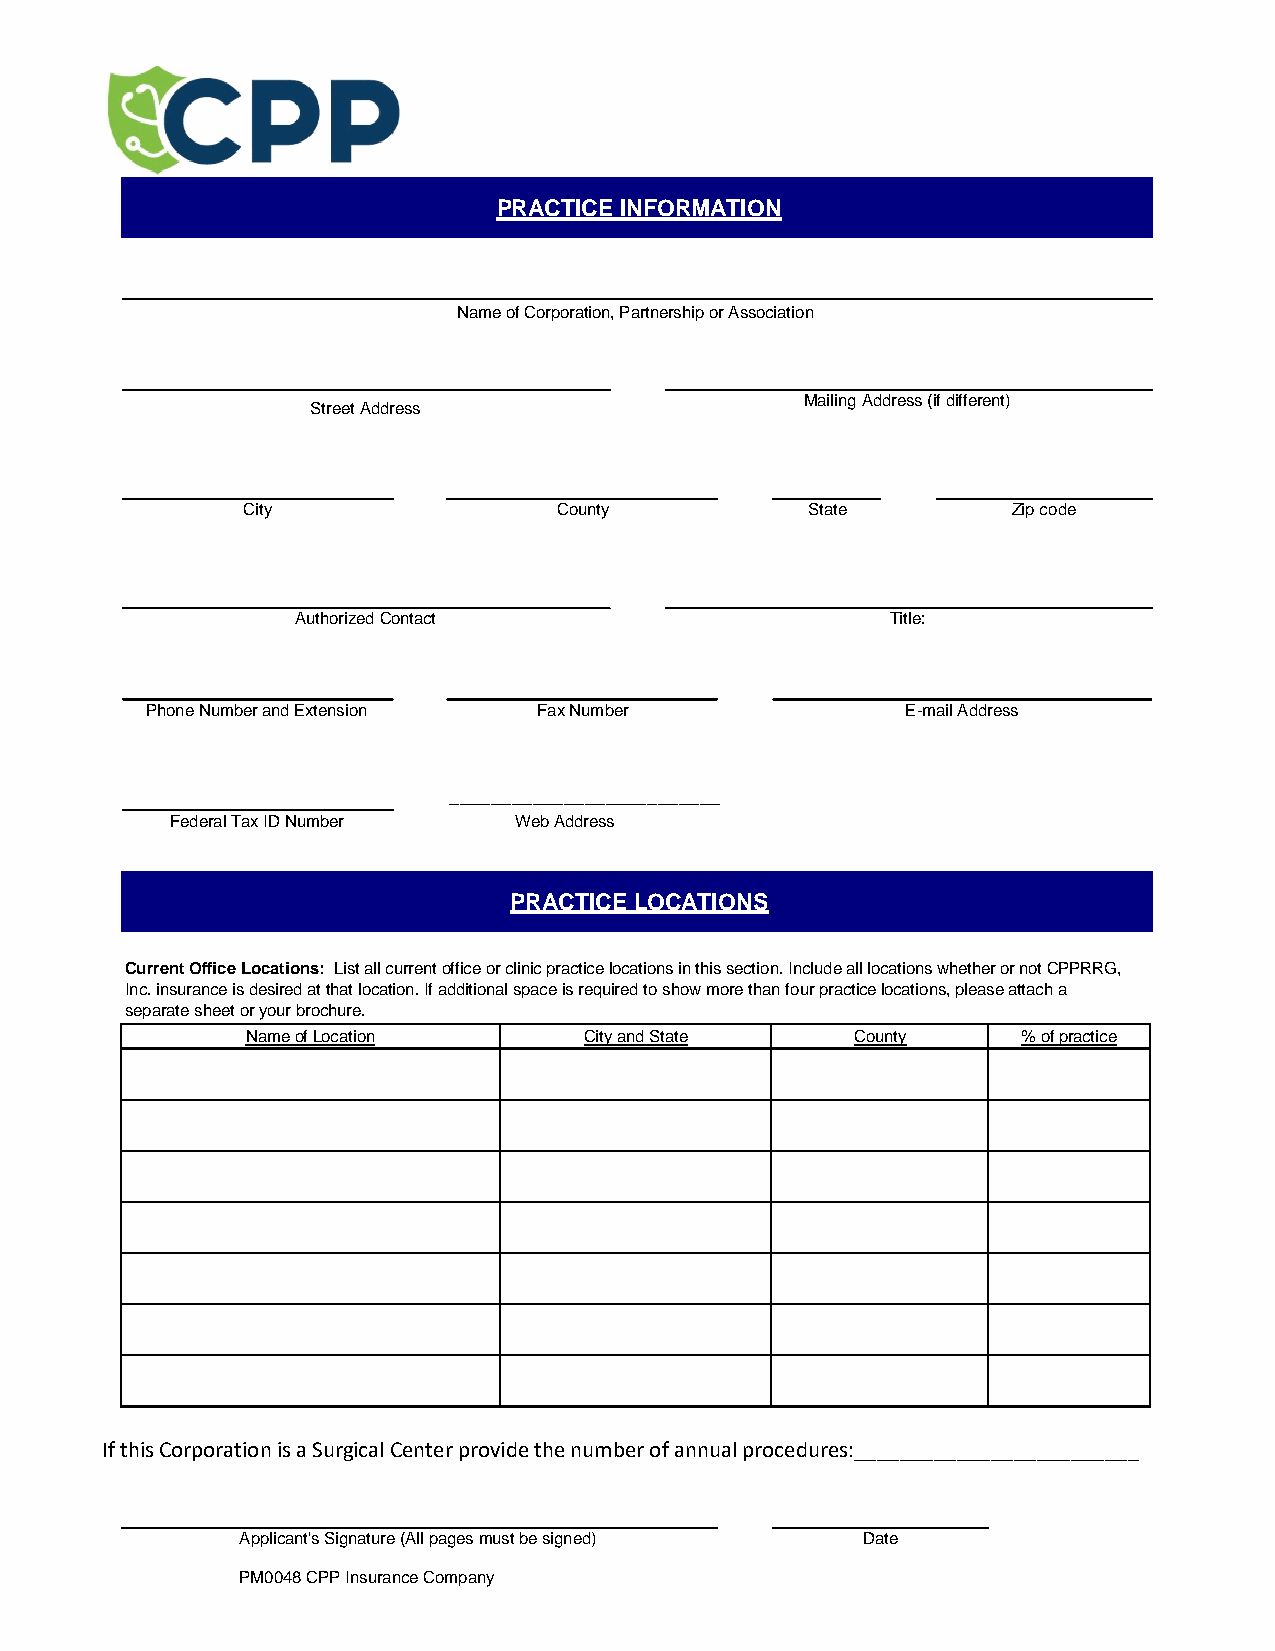
PRACTICE INFORMATION
 Name of Corporation, Partnership or Association
 Mailing Address (if different)
 Street Address
 City                 County          State         Zip code
 Authorized Contact                     Title:
 Phone Number and Extension Fax Number             E-mail Address
 __________________________
 Federal Tax ID Number  Web Address
 PRACTICE LOCATIONS
 Current Office Locations: List all current office or clinic practice locations in this section. Include all locations whether or not CPPRRG,
 Inc. insurance is desired at that location. If additional space is required to show more than four practice locations, please attach a
 separate sheet or your brochure.
 Name of Location       City and State    County     % of practice
 If this Corporation is a Surgical Center provide the number of annual procedures:_________________________
 Applicant's Signature (All pages must be signed) Date
 PM0048 CPP Insurance Company